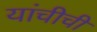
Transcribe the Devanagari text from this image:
यांचीची